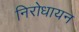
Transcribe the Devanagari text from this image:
निरोधायन